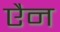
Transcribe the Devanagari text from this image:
एैन